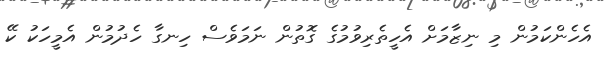
އެހެންކަމުން މި ނިޒާމަށް އެހީތެރިވުމުގެ ގޮތުން ނަމަވެސް ހިނގާ ހެދުމުން އެމީހަކު ކޭ